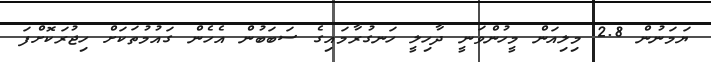
ޔަމަނުން 2.8 މިލިއަން މީހުންވަނީ ދާހިލީ ހަނގުރާމައިގެ ސަބަބުން އެހެން ގައުމުތަކަށް ހިޖުރަކޮށްފަ